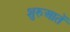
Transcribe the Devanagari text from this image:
शुरुआतें